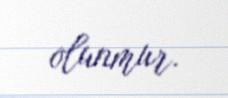
olunmur.